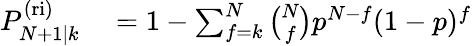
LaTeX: \begin{array}{rl}{P_{N+1|k}^{\mathrm{(ri)}}}&{{}=1-\sum_{f=k}^{N}\binom{N}{f}p^{N-f}(1-p)^{f}}\end{array}